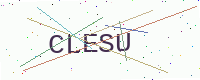
Text: CLESU